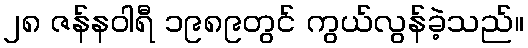
၂၈ ဇန်နဝါရီ ၁၉၈၉တွင် ကွယ်လွန်ခဲ့သည်။